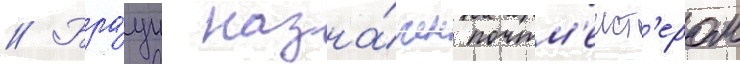
// Бра́ун назна́чен почтм'еист'ером